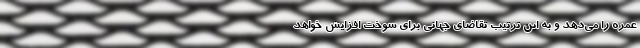
عمره را می‌دهد و به این ترتیب تقاضای جهانی برای سوخت افزایش خواهد